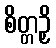
စိတ္တဉှိ